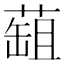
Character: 䔘